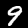
Label: 9